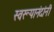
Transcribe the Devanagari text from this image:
स्वरूपानंदांनी